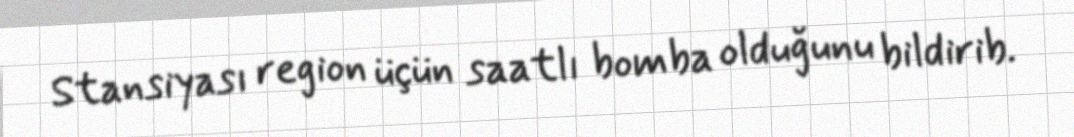
Stansiyası region üçün saatlı bomba olduğunu bildirib.